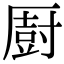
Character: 㕑